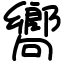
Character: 嚮